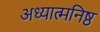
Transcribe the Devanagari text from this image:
अध्यात्मनिष्ठ